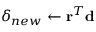
\delta _ { n e w } \leftarrow \mathbf { r } ^ { T } \mathbf { d }